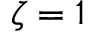
\zeta = 1